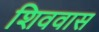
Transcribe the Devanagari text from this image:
शिववास